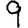
Digit: 9